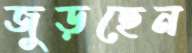
জুড়ছেন